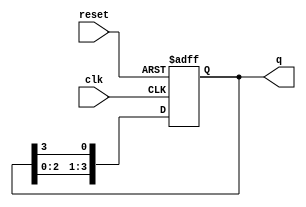
module bistable_ring_counter (
    input wire clk,       // Clock signal
    input wire reset,     // Asynchronous reset signal
    output reg [3:0] q    // 4-bit output representing the state of the counter
);

    // Initial state
    initial begin
        q = 4'b1000; // Set the initial state to '1000'
    end

    // Always block triggered on the rising edge of clock or when reset is active
    always @(posedge clk or posedge reset) begin
        if (reset) begin
            q <= 4'b1000; // Reset the state to '1000'
        end else begin
            // Shift the '1' through the ring
            q <= {q[2:0], q[3]}; // Shift left and feed back the last bit to the first position
        end
    end

endmodule